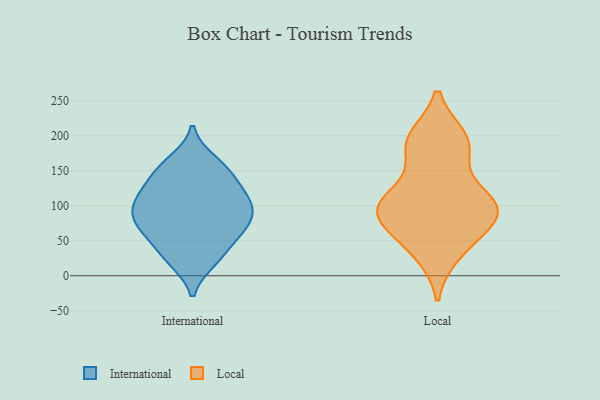
{"axis": {"x": "Customer Acquisition Cost (USD)", "y": "Value"}, "legend": ["International", "Local"], "data": [{"x": "", "y": 62, "type": "International"}, {"x": "", "y": 124, "type": "International"}, {"x": "", "y": 22, "type": "International"}, {"x": "", "y": 147, "type": "International"}, {"x": "", "y": 111, "type": "International"}, {"x": "", "y": 24, "type": "International"}, {"x": "", "y": 107, "type": "International"}, {"x": "", "y": 79, "type": "International"}, {"x": "", "y": 115, "type": "International"}, {"x": "", "y": 62, "type": "International"}, {"x": "", "y": 61, "type": "International"}, {"x": "", "y": 89, "type": "International"}, {"x": "", "y": 75, "type": "International"}, {"x": "", "y": 101, "type": "International"}, {"x": "", "y": 155, "type": "International"}, {"x": "", "y": 148, "type": "International"}, {"x": "", "y": 91, "type": "International"}, {"x": "", "y": 30, "type": "International"}, {"x": "", "y": 163, "type": "International"}, {"x": "", "y": 185, "type": "Local"}, {"x": "", "y": 104, "type": "Local"}, {"x": "", "y": 97, "type": "Local"}, {"x": "", "y": 195, "type": "Local"}, {"x": "", "y": 102, "type": "Local"}, {"x": "", "y": 41, "type": "Local"}, {"x": "", "y": 83, "type": "Local"}, {"x": "", "y": 185, "type": "Local"}, {"x": "", "y": 33, "type": "Local"}, {"x": "", "y": 192, "type": "Local"}, {"x": "", "y": 106, "type": "Local"}, {"x": "", "y": 74, "type": "Local"}, {"x": "", "y": 111, "type": "Local"}, {"x": "", "y": 82, "type": "Local"}]}